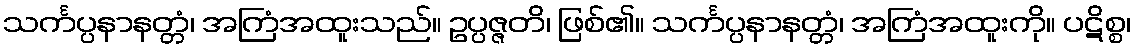
သင်္ကပ္ပနာနတ္တံ၊ အကြံအထူးသည်။ ဥပ္ပဇ္ဇတိ၊ ဖြစ်၏။ သင်္ကပ္ပနာနတ္တံ၊ အကြံအထူးကို။ ပဋိစ္စ၊